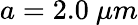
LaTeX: a=2.0~\mu m